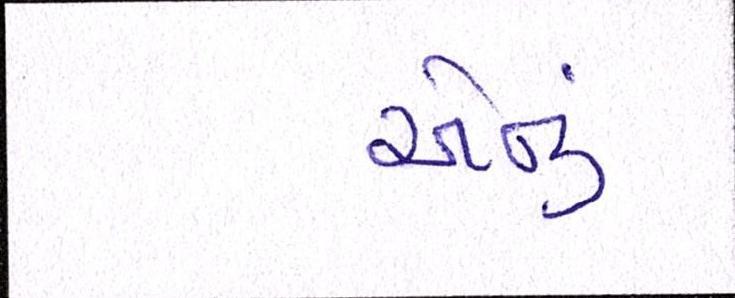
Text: એનું